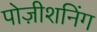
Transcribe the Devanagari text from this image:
पोज़ीशनिंग